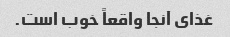
غذای آنجا واقعاً خوب است.